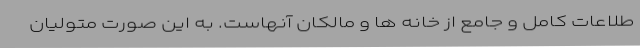
طلاعات کامل و جامع از خانه ها و مالکان آنهاست. به این صورت متولیان